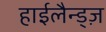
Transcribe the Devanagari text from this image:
हाईलैन्ड्ज़